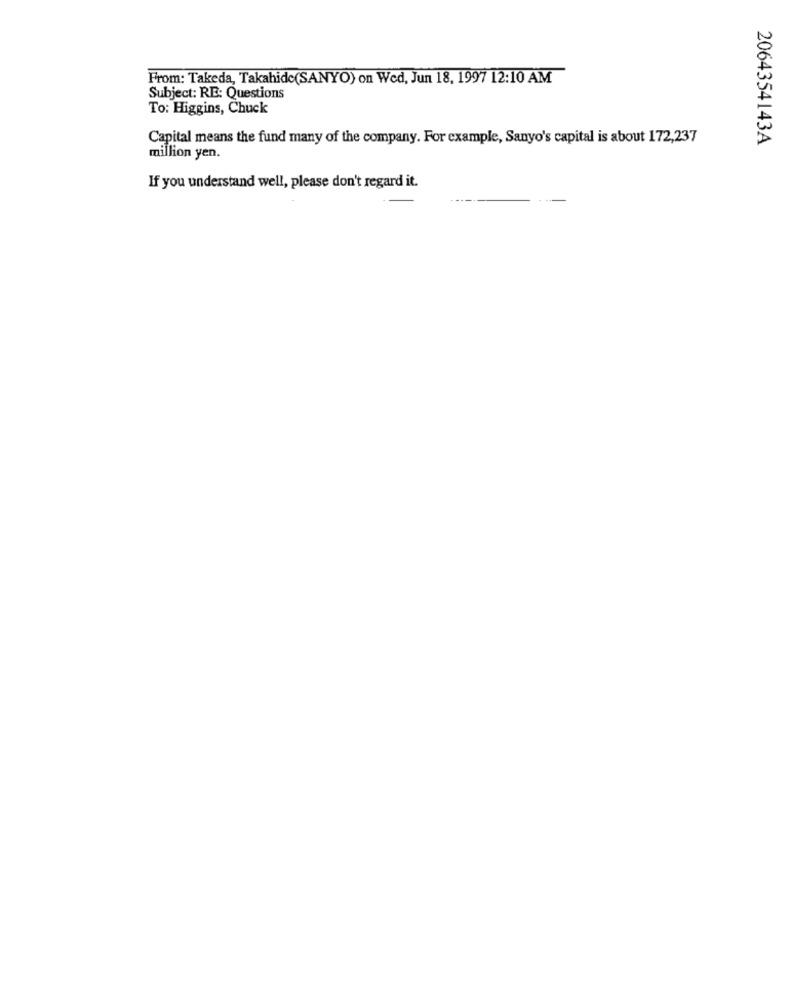
From: Takeda, Takahidc(SANYO) on Wed, Jun 18, 1997 12:10 AM
Subject: RE: Questions
To: Higgins, Chuck
Capital means the fund many of the company. For example, Sanyo's capital is about 172,237
2064354143A
million yen.
If you understand well, please don't regard it.